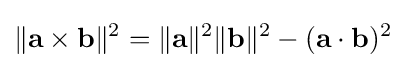
\|\mathbf {a} \times \mathbf {b} \|^{2}=\|\mathbf {a} \|^{2}\|\mathbf {b} \|^{2}-(\mathbf {a} \cdot \mathbf {b} )^{2}